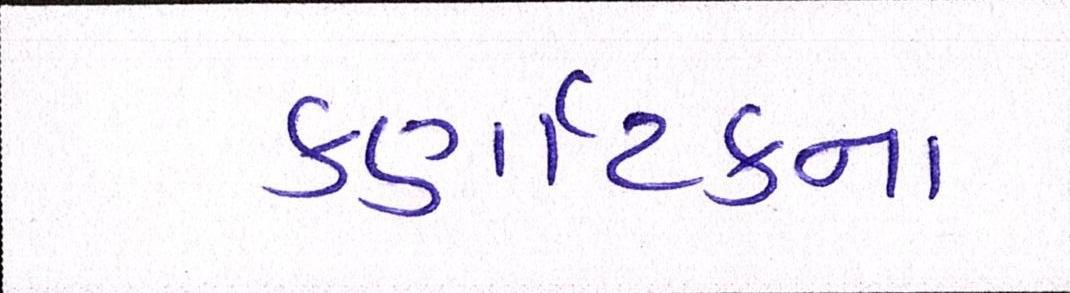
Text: કર્ણાટકના